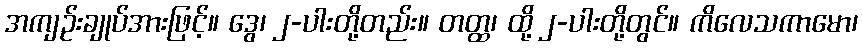
အကျဉ်းချုပ်အားဖြင့်။ ဒွေ၊ ၂-ပါးတို့တည်း။ တတ္ထ၊ ထို့ ၂-ပါးတို့တွင်။ ကိလေသကာမော၊